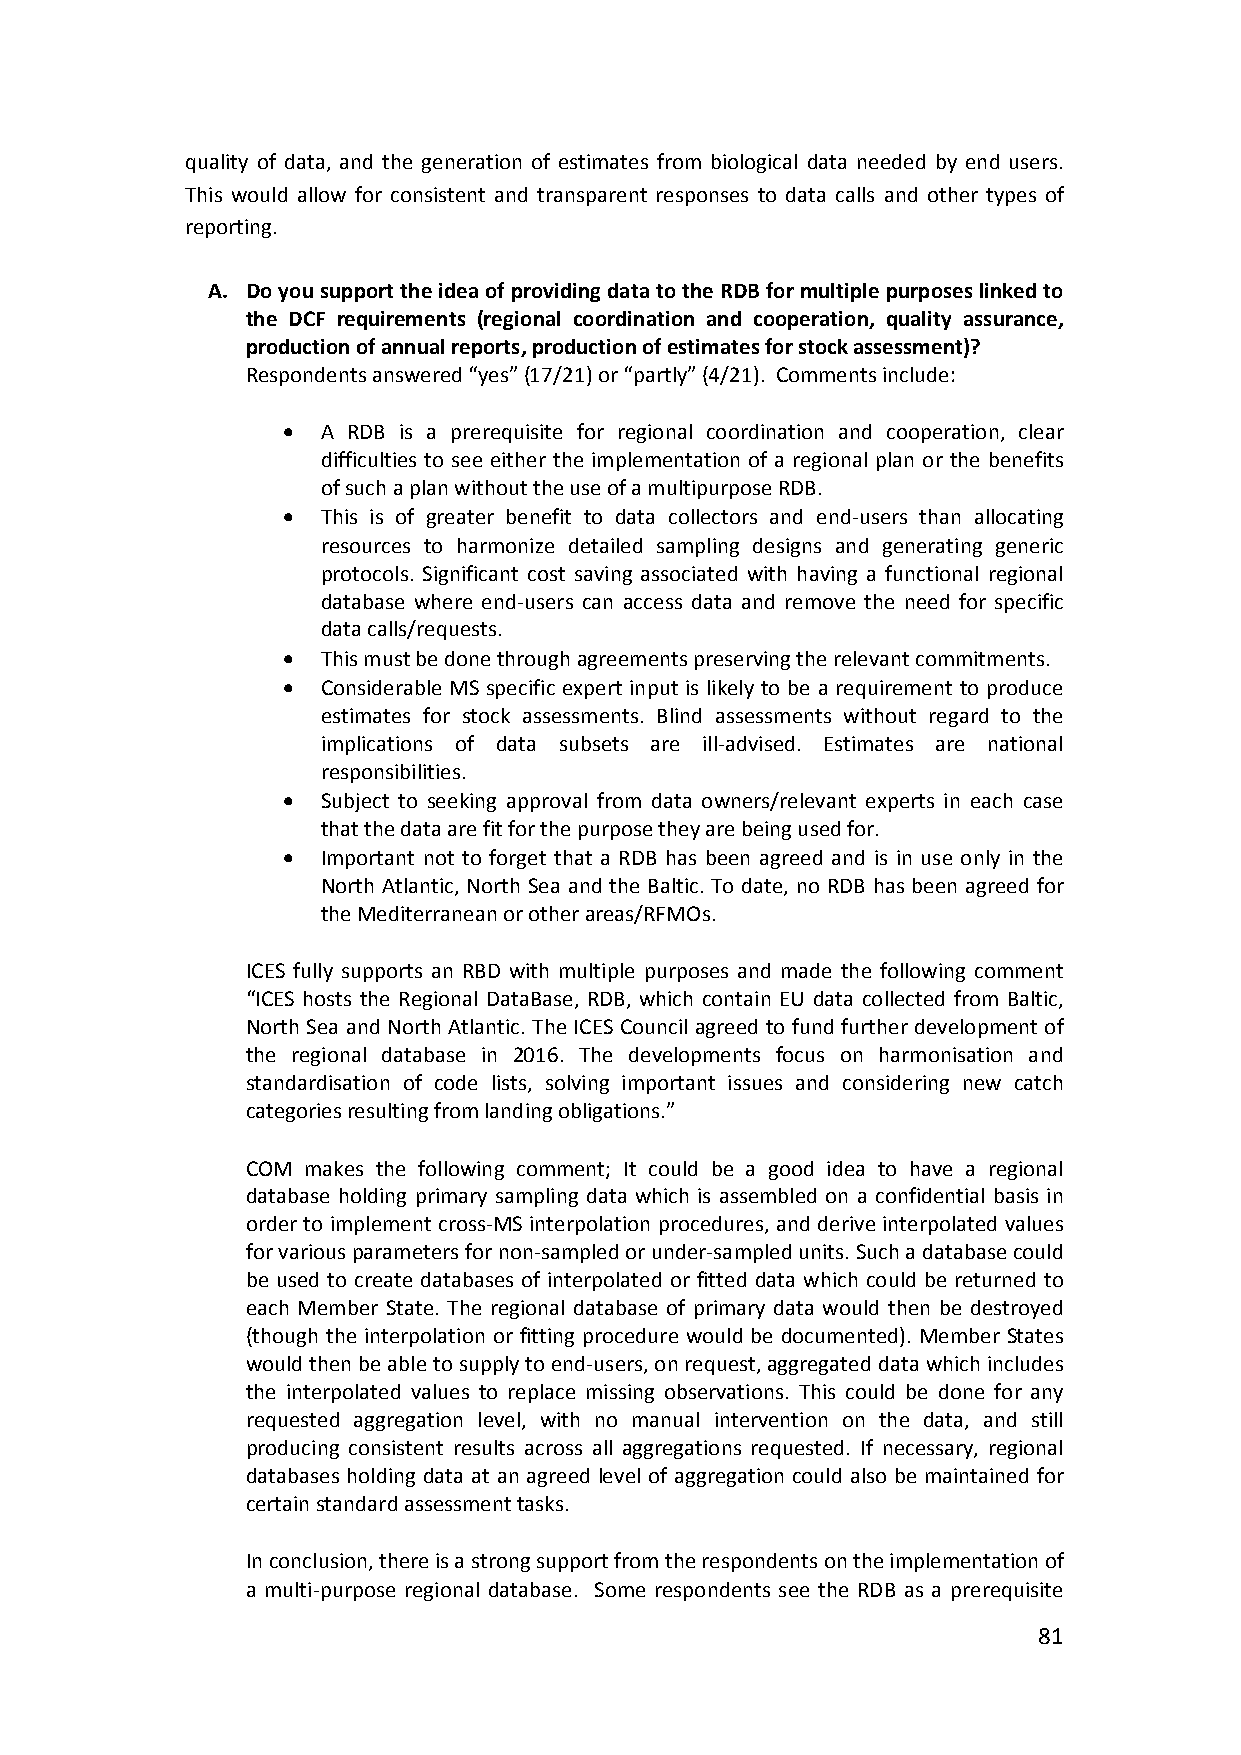
quality of data, and the generation of estimates from biological data needed by end users.
 This would allow for consistent and transparent responses to data calls and other types of
 reporting.
 A. Do you support the idea of providing data to the RDB for multiple purposes linked to
 the DCF requirements (regional coordination and cooperation, quality assurance,
 production of annual reports, production of estimates for stock assessment)?
 Respondents answered “yes” (17/21) or “partly” (4/21). Comments include:
  A RDB is a prerequisite for regional coordination and cooperation, clear
 difficulties to see either the implementation of a regional plan or the benefits
 of such a plan without the use of a multipurpose RDB.
  This is of greater benefit to data collectors and end‐users than allocating
 resources to harmonize detailed sampling designs and generating generic
 protocols. Significant cost saving associated with having a functional regional
 database where end‐users can access data and remove the need for specific
 data calls/requests.
  This must be done through agreements preserving the relevant commitments.
  Considerable MS specific expert input is likely to be a requirement to produce
 estimates for stock assessments. Blind assessments without regard to the
 implications of data subsets are ill‐advised. Estimates are national
 responsibilities.
  Subject to seeking approval from data owners/relevant experts in each case
 that the data are fit for the purpose they are being used for.
  Important not to forget that a RDB has been agreed and is in use only in the
 North Atlantic, North Sea and the Baltic. To date, no RDB has been agreed for
 the Mediterranean or other areas/RFMOs.
 ICES fully supports an RBD with multiple purposes and made the following comment
 “ICES hosts the Regional DataBase, RDB, which contain EU data collected from Baltic,
 North Sea and North Atlantic. The ICES Council agreed to fund further development of
 the regional database in 2016. The developments focus on harmonisation and
 standardisation of code lists, solving important issues and considering new catch
 categories resulting from landing obligations.”
 COM makes the following comment; It could be a good idea to have a regional
 database holding primary sampling data which is assembled on a confidential basis in
 order to implement cross‐MS interpolation procedures, and derive interpolated values
 for various parameters for non‐sampled or under‐sampled units. Such a database could
 be used to create databases of interpolated or fitted data which could be returned to
 each Member State. The regional database of primary data would then be destroyed
 (though the interpolation or fitting procedure would be documented). Member States
 would then be able to supply to end‐users, on request, aggregated data which includes
 the interpolated values to replace missing observations. This could be done for any
 requested aggregation level, with no manual intervention on the data, and still
 producing consistent results across all aggregations requested. If necessary, regional
 databases holding data at an agreed level of aggregation could also be maintained for
 certain standard assessment tasks.
 In conclusion, there is a strong support from the respondents on the implementation of
 a multi‐purpose regional database. Some respondents see the RDB as a prerequisite
 81